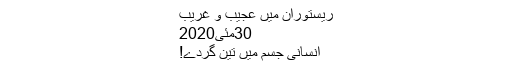
ریستوران میں عجیب و غریب
30مئی2020
انسانی جسم میں تین گردے!